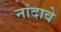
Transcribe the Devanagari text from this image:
नांदावे